Source: Handwritten
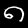
Digit: ၈ (8)